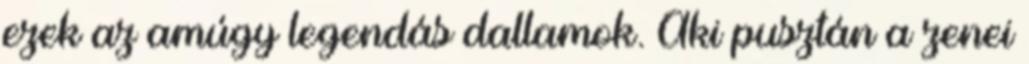
ezek az amúgy legendás dallamok. Aki pusztán a zenei